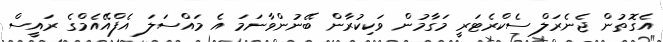
އެގޮތުން ޖެނެރަލް ސެކްރެޓަރީ މަގާމުން ވަކިކުރާން ބޭނުންވާނަމަ އެ މައްސަލަ އެފްއޭއެމްގެ ރައީސް